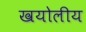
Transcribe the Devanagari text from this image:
खयोलीय